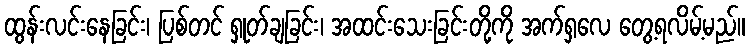
ထွန်းလင်းနေခြင်း၊ ပြစ်တင် ရှုတ်ချခြင်း၊ အထင်းသေးခြင်းတို့ကို အက်ရှလေ တွေ့ရလိမ့်မည်။